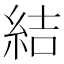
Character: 結